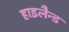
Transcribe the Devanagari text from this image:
हाइलैन्ड